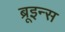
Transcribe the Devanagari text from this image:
ब्रूइन्स